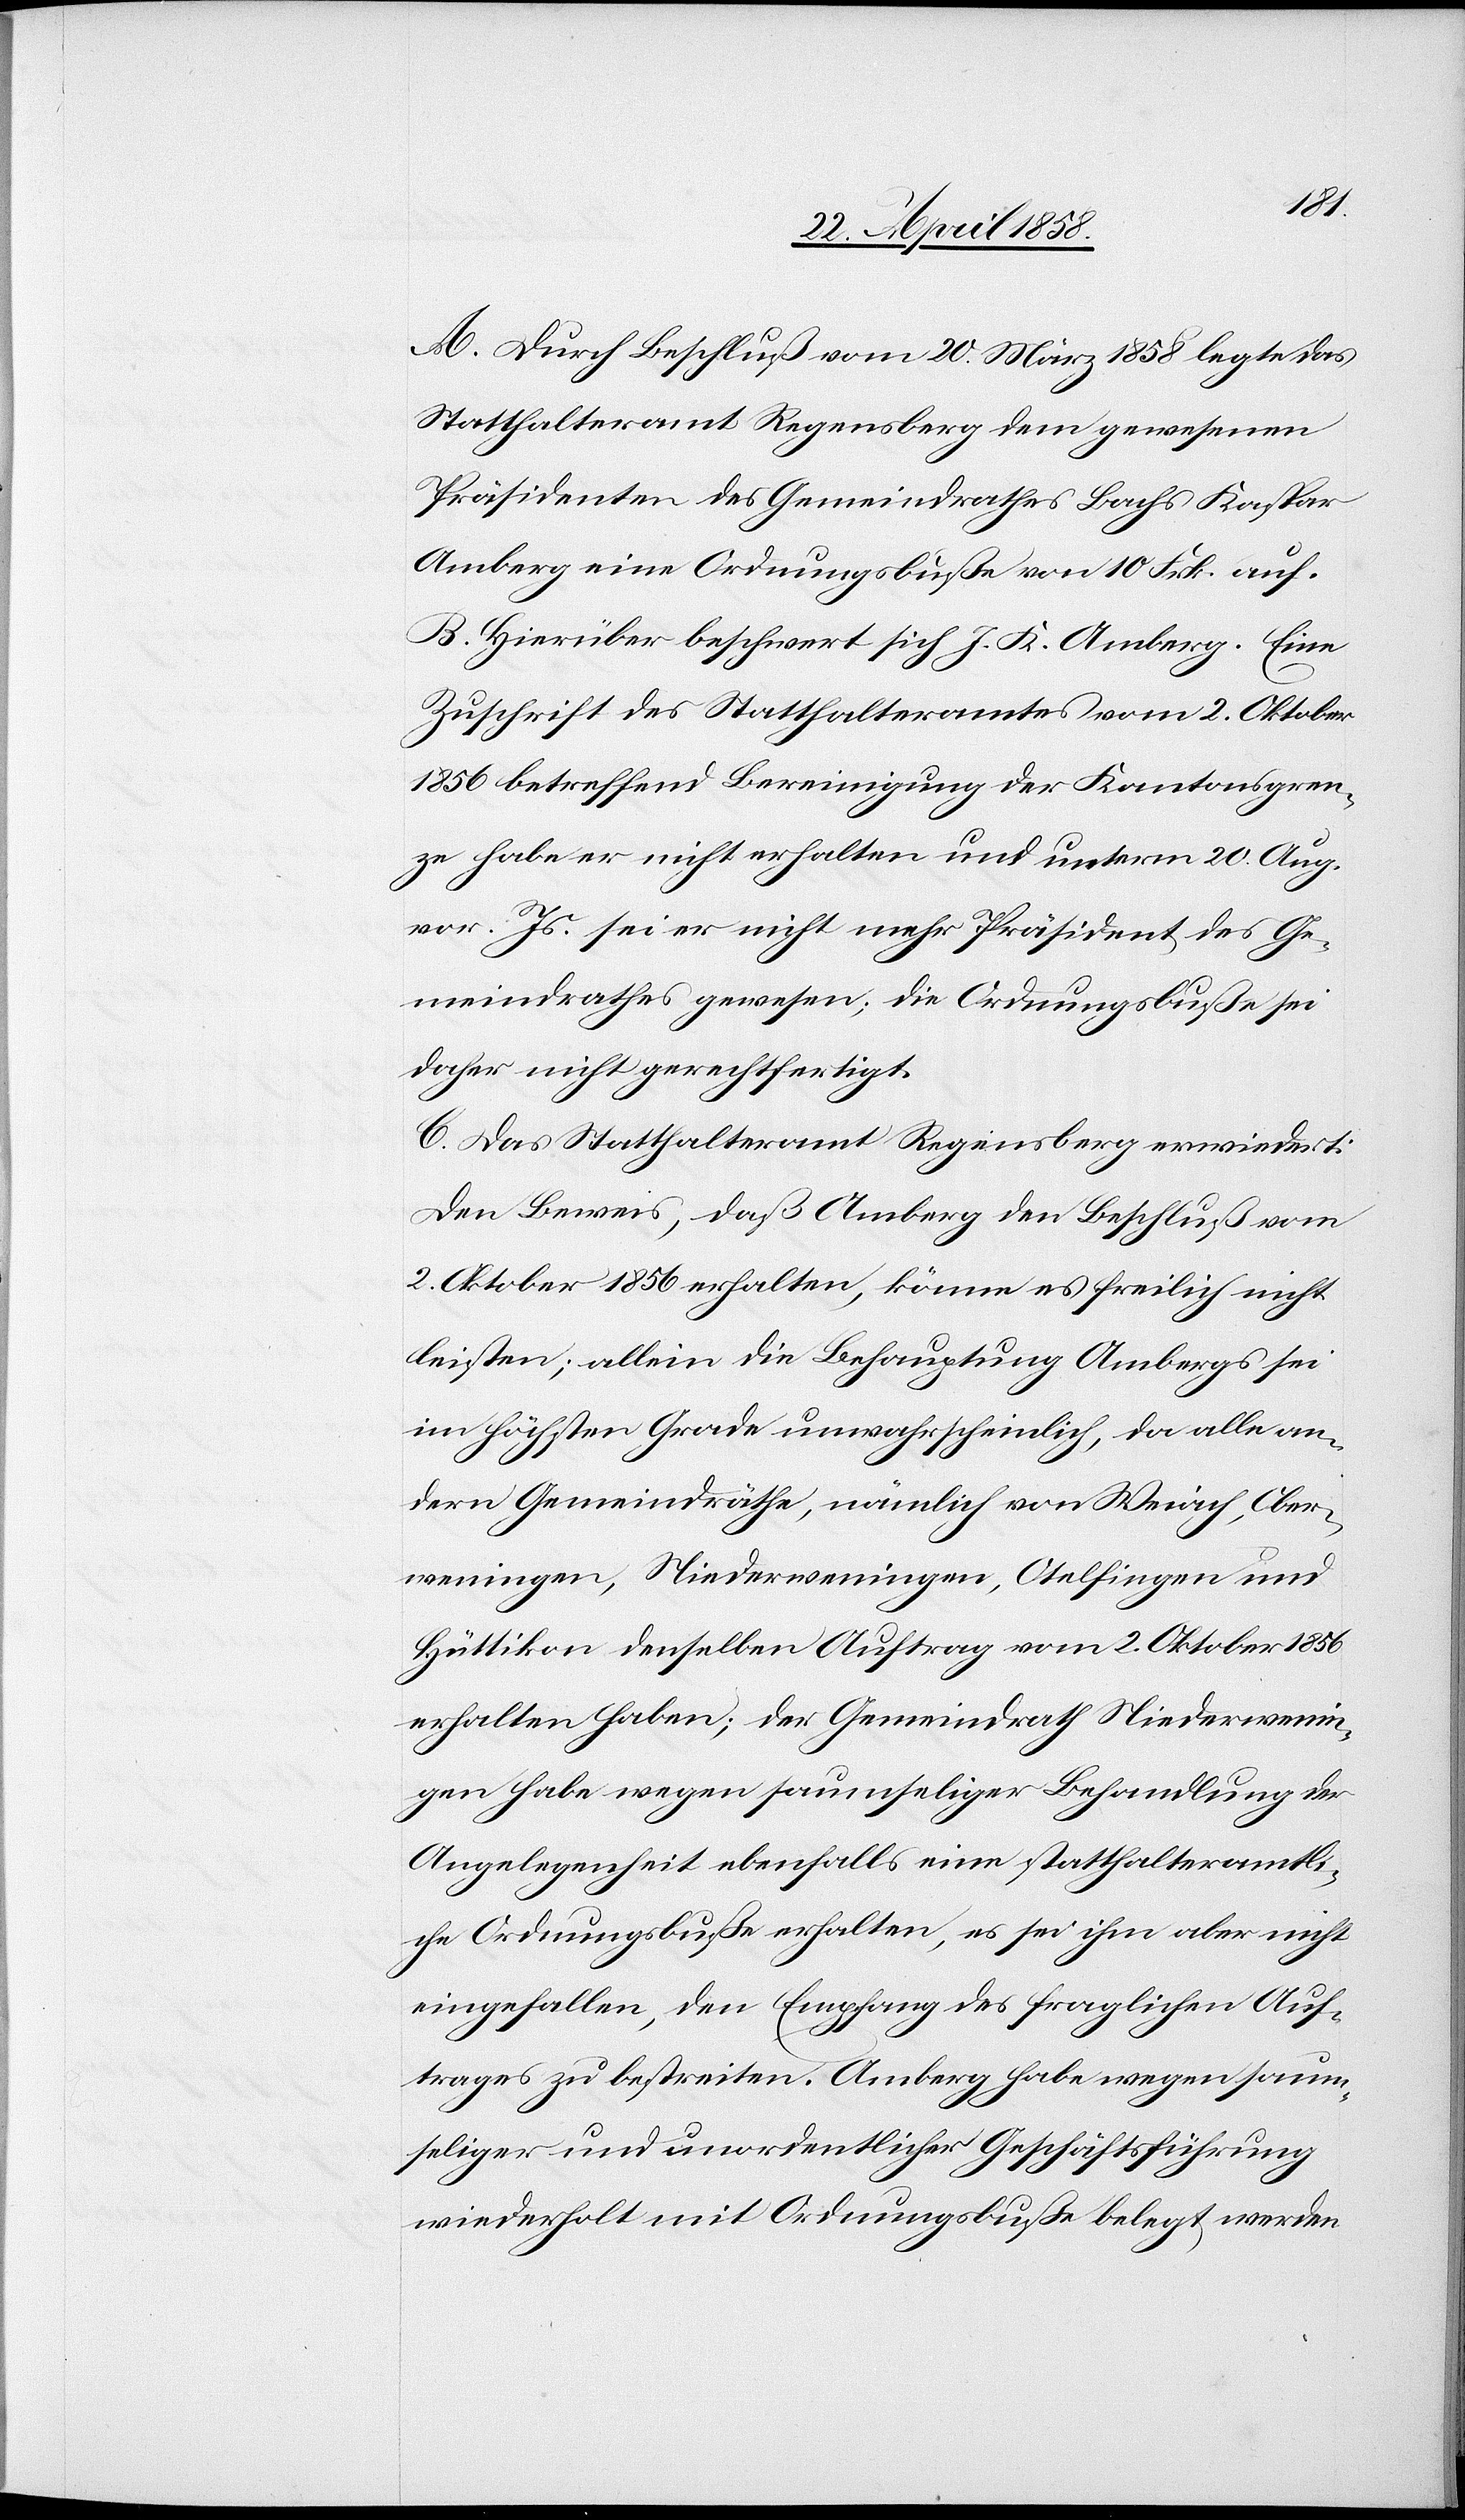
ust
A. Durch Beschluß vom 20. März 1858 legte das
Statthalteramt Regensberg dem gewesenen
Präsidenten des Gemeindrathes Bachs Kaspar
Amberg eine Ordnungsbuße von 10 Frk. auf.
B. Hierüber beschwert sich J. K. Amberg. Eine
Zuschrift des Statthalteramtes vom 2. Oktober
1856 betreffend Bereinigung der Kantonsgren¬
ze habe er nicht erhalten und unterm 20. Aug¬
vor. Js. sei er nicht mehr Präsident des Ge¬
meindrathes gewesen; die Ordnungsbuße sei
daher nicht gerechtfertigt.
C. Das Statthalteramt Regensberg erwiedert:
Den Beweis, daß Amberg den Beschluß vom
2. Oktober 1856 erhalten, könne es freilich nicht
leisten; allein die Behauptung Ambergs sei
im höchsten Grade unwahrscheinlich, da alle an¬
dern Gemeindräthe, nämlich von Weiach, Ober¬
weningen, Niederweningen, Otelfingen und
Hüttikon denselben Auftrag vom 2. Oktober 1856
erhalten haben; der Gemeindrath Niederwenin¬
gen habe wegen saumseliger Behandlung der
Angelegenheit ebenfalls eine statthalteramtli¬
che Ordnungsbuße erhalten, es ist ihm aber nicht
eingefallen, den Empfang des fraglichen Auf¬
trags zu bestreiten. Amberg habe wegen saum¬
seliger und unordentlicher Geschäftsführung
wiederholt mit Ordnungsbuße belegt werden